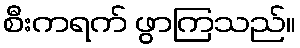
စီးကရက် ဖွာကြသည်။